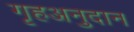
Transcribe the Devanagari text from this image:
गृहअनुदान